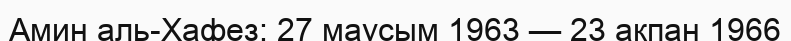
Амин аль-Хафез: 27 маусым 1963 — 23 ақпан 1966